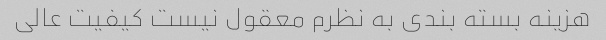
هزینه بسته بندی به نظرم معقول نیست کیفیت عالی